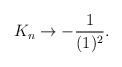
LaTeX: \begin{align*}K_n\rightarrow -\frac{1}{(1)^2}.\end{align*}